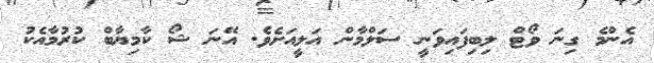
އެންމެ ގިނަ ވޯޓް ލިބިފައިވަނީ ސަލްމާން އަލީއަށެވެ. އޭނަ ޝޯ ކާމިޔާބް ކުރުމާއެކު